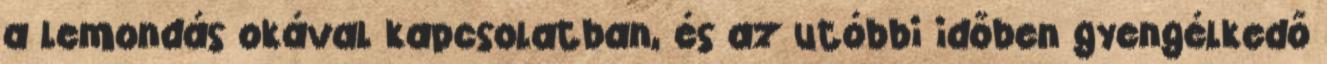
a lemondás okával kapcsolatban, és az utóbbi időben gyengélkedő